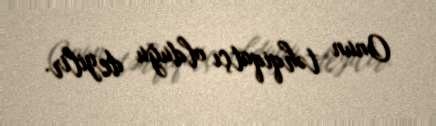
Onun təhqiqatçı olduğu deyilir.